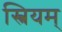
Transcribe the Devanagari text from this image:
स्त्रियम्